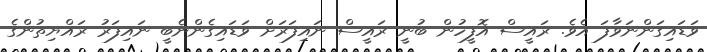
ވަޑައިގަންނަވާފަ އެވެ. ރައީސް އޮފީހުން ބުނީ ރައީސް ނައިފަރަށް ވަޑައިގެންނެބީ ނައިފަރު ރައްޔިތުންގެ